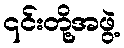
၎င်းတို့အဖွဲ့